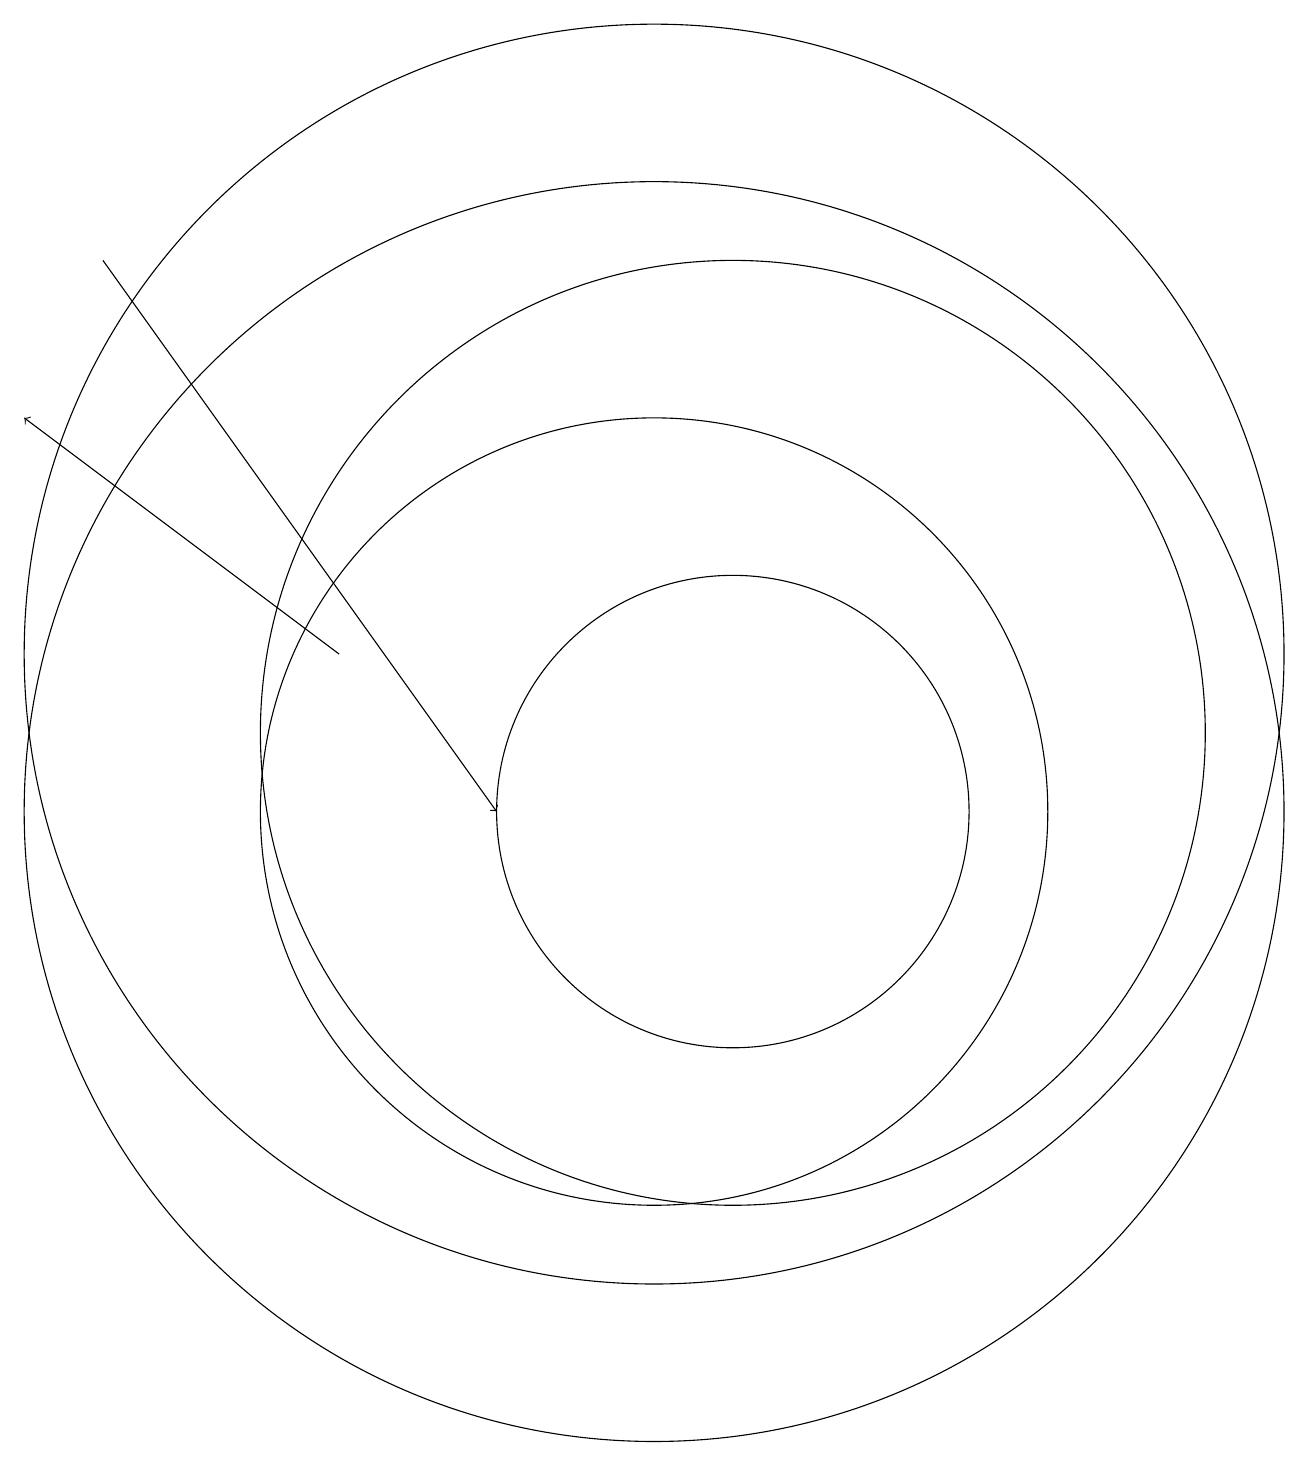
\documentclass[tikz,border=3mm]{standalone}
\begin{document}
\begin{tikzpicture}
\draw (11,11) circle (6);
\draw (10,10) circle (5);
\draw (11,10) circle (3);
\draw (10,10) circle (8);
\draw (10,12) circle (8);
\draw[->] (6,12) -- (2,15);
\draw[->] (3,17) -- (8,10);
\draw (12,12) circle (0);
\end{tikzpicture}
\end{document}